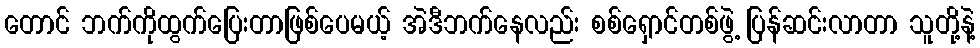
တောင် ဘက်ကိုထွက်ပြေးတာဖြစ်ပေမယ့် အဲဒီဘက်နေလည်း စစ်ရှောင်တစ်ဖွဲ့ ပြန်ဆင်းလာတာ သူတို့နဲ့